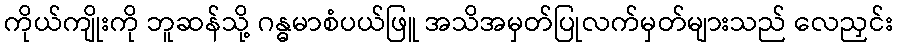
ကိုယ်ကျိုးကို ဘူဆန်သို့ ဂန္ဓမာစံပယ်ဖြူ အသိအမှတ်ပြုလက်မှတ်များသည် လေညှင်း